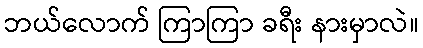
ဘယ်လောက် ကြာကြာ ခရီး နားမှာလဲ။